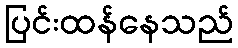
ပြင်းထန်နေသည်